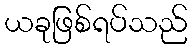
ယခုဖြစ်ရပ်သည်